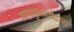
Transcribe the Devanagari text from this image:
महानुभावोंद्वारा